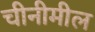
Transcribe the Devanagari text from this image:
चीनीमील